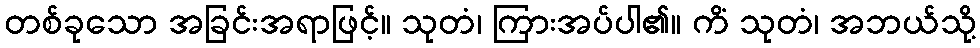
တစ်ခုသော အခြင်းအရာဖြင့်။ သုတံ၊ ကြားအပ်ပါ၏။ ကိံ သုတံ၊ အဘယ်သို့